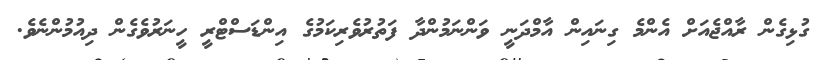
ގުޅިގެން ރާއްޖެއަށް އެންމެ ގިނައިން އާމްދަނީ ވަންނަމުންދާ ފަތުރުވެރިކަމުގެ އިންޑަސްޓްރީ ހީނަރުވެގެން ދިއުމުންނެވެ.